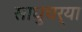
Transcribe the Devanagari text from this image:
साधुचर्या